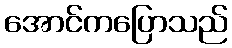
အောင်ကပြောသည်